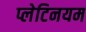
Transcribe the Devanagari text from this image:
प्लेटिनयम